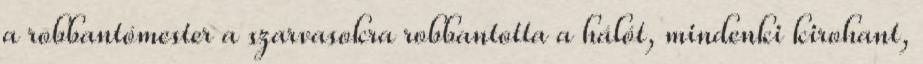
a robbantómester a szarvasokra robbantotta a hálót, mindenki kirohant,